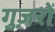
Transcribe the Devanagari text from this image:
गुज़रों